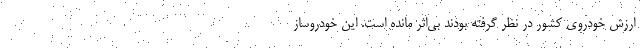
ارزش خودروی کشور در نظر گرفته بودند بی‌اثر مانده است. این خودروساز